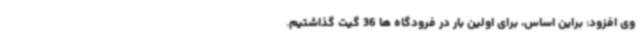
وی افزود: براین اساس، برای اولین بار در فرودگاه‌ ها 36 گیت گذاشتیم.